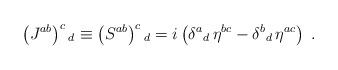
LaTeX: \begin{align*}\left(J^{a b} \right)^c{}_d \equiv \left(S^{a b} \right)^c{}_d =i \left( \delta^{a}{}_{d} \, \eta^{b c} - \delta^{b}{}_{d} \, \eta^{a c}\right) \; .\end{align*}